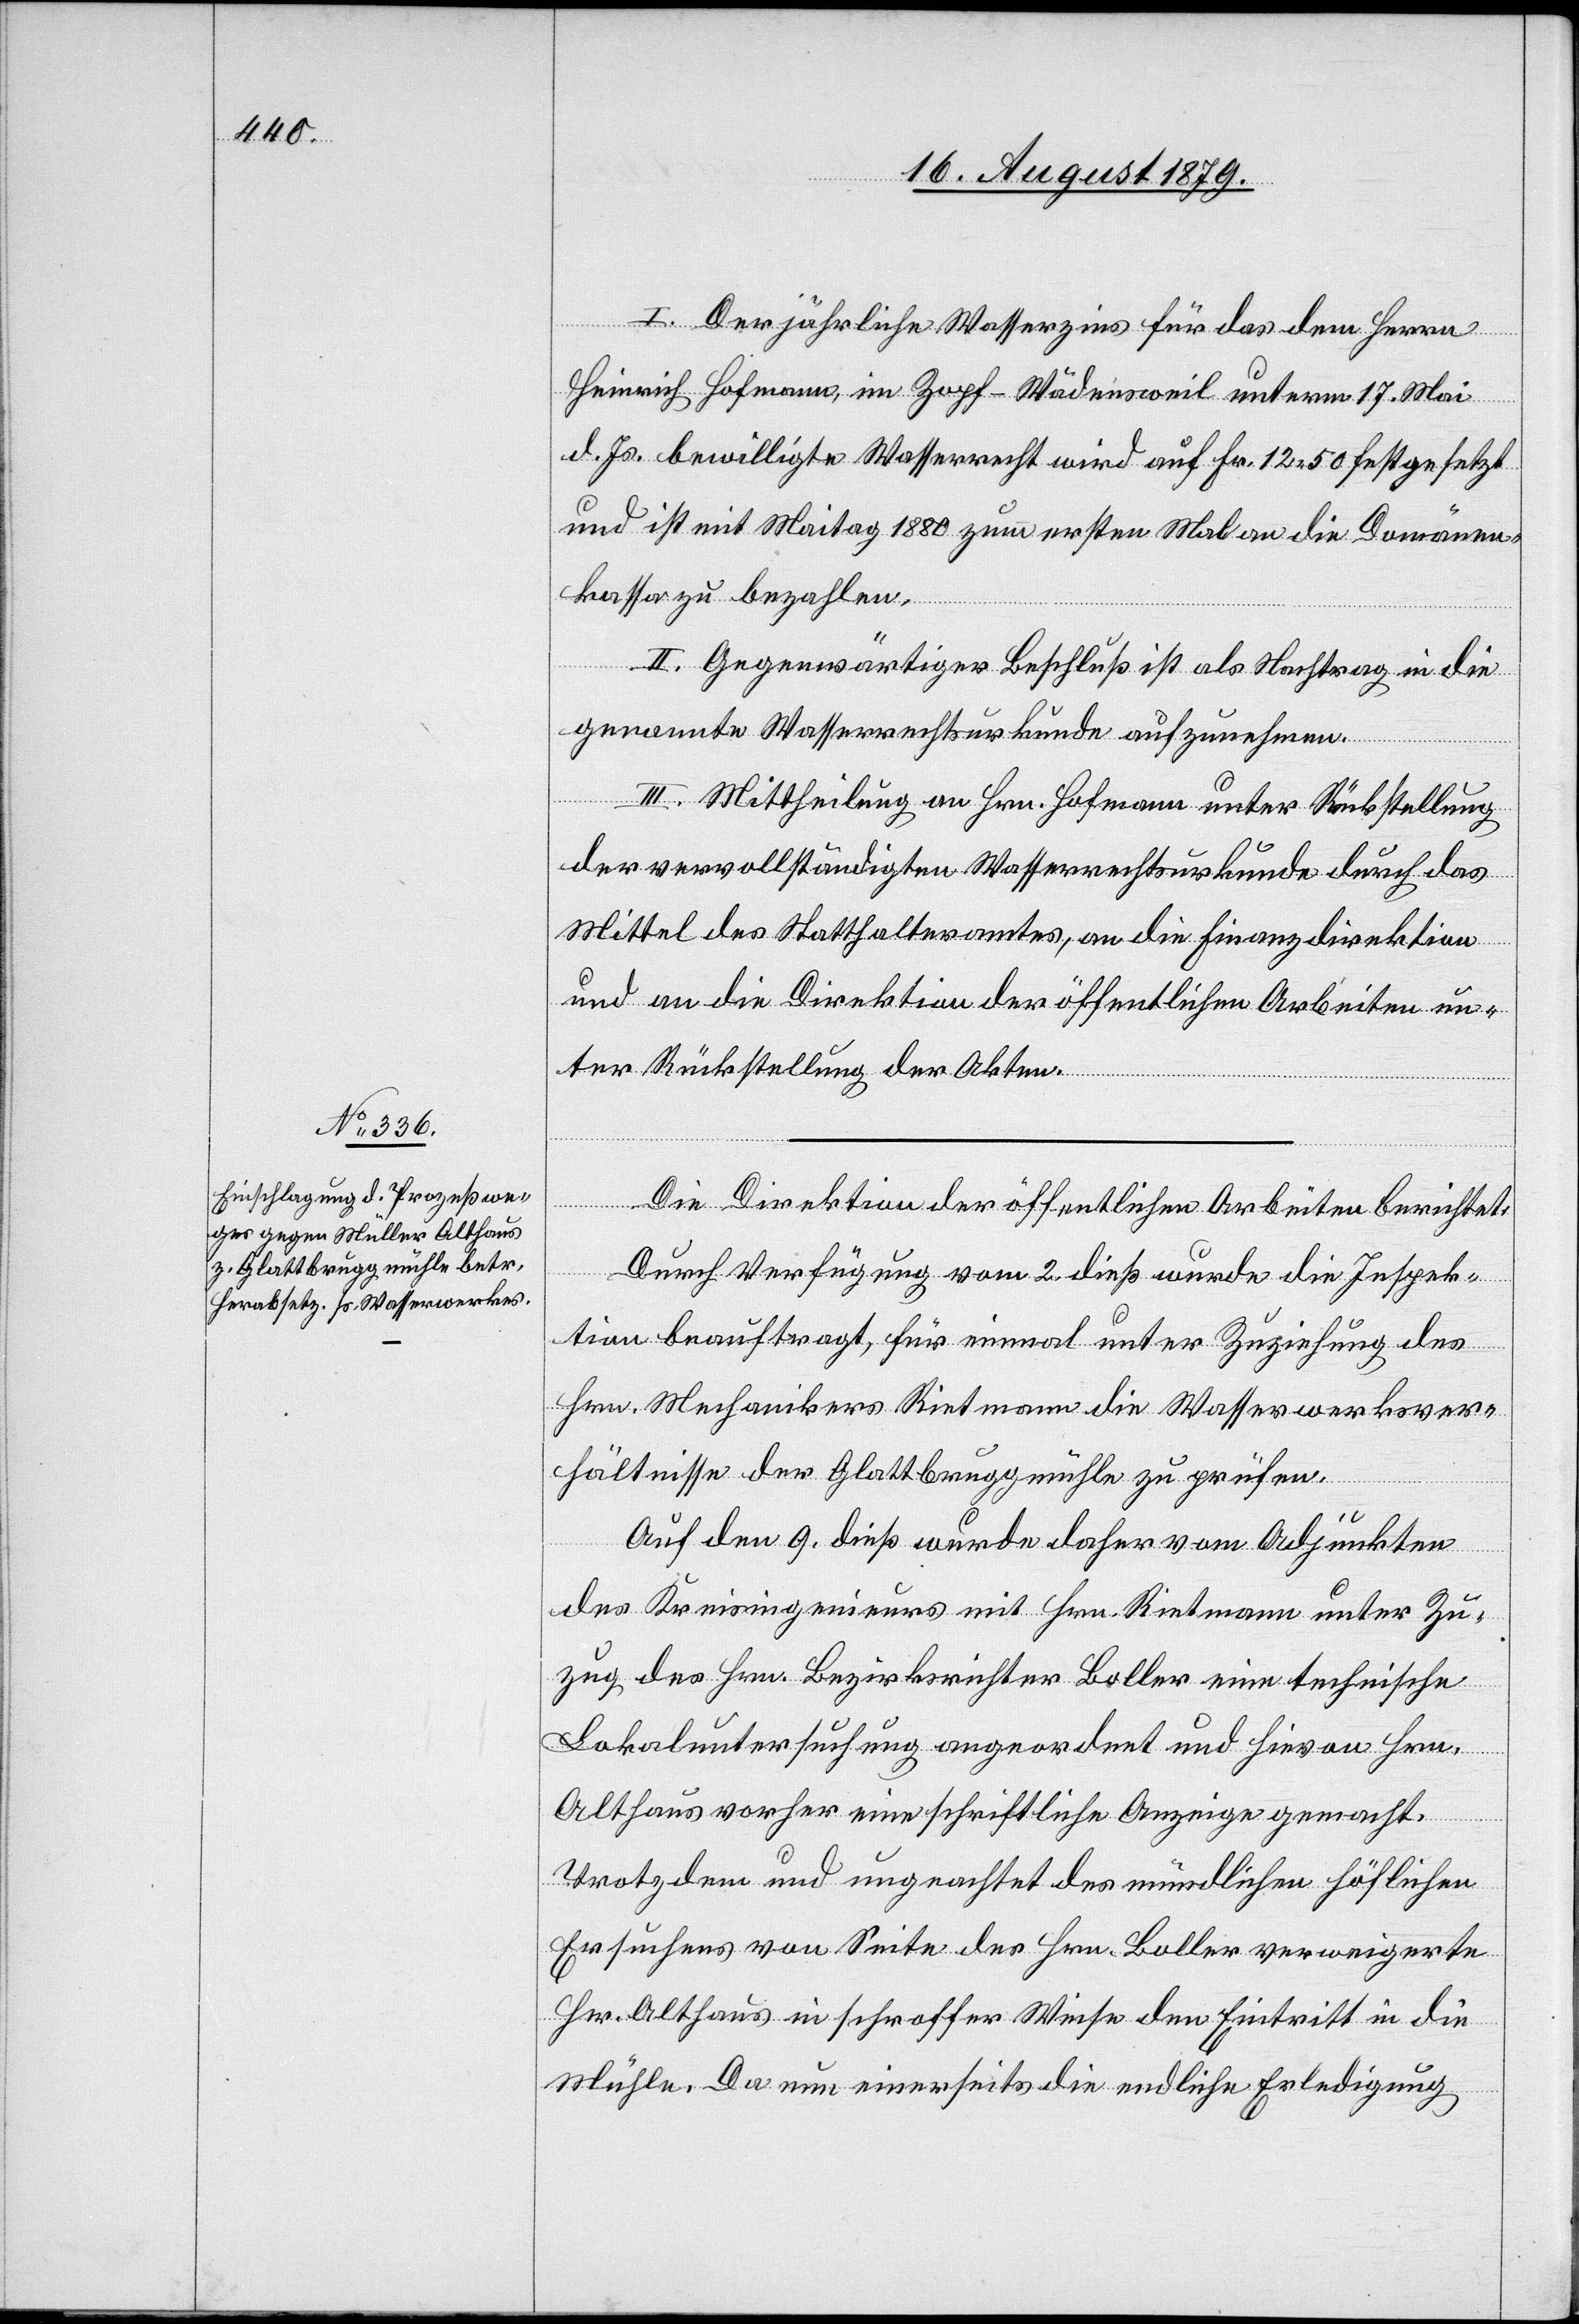
I. Der jährliche Wasserzins für das dem Herren
Heinrich Hofmann, im Zopf - Wädensweil unterm 17. Mai
d. Js. bewilligte Wasserrecht wird auf Fr. 12 50 festgesetzt
und ist mit Maitag 1880 zum ersten Mal an die Domänen¬
kassa zu bezahlen.
II. Gegenwärtiger Beschluß ist als Nachtrag in die
genannte Wasserrechtsurkunde aufzunehmen.
III. Mittheilung an Hrn. Hofmann unter Rückstellung
der vervollständigten Wasserrechtsurkunde durch das
Mittel des Statthalteramtes, an die Finanzdirektion
und an die Direktion der öffentlichen Arbeiten un¬
ter Rückstellung der Akten.
Die Direktion der öffentlichen Arbeiten berichtet:
Durch Verfügung vom 2. dieß wurde die Inspek¬
tion beauftragt, für einmal unter Zuziehung des
Hrn. Mechanikers Rietmann die Wasserwerksver¬
hältnisse der Glattbruggmühle zu prüfen.
Auf den 9. dieß wurde daher vom Adjunkten
des Kreisingenieurs mit Hrn. Rietmann unter Zu¬
zug des Hrn. Bezirksrichter Boller eine technische
Lokaluntersuchung angeordnet und hievon Hrn.
Althaus vorher eine schriftliche Anzeige gemacht.
trotzdem und ungeachtet des mündlichen höflichen
Ersuchens von Seite des Hrn. Boller verweigerte
Hr. Althaus in schroffer Weise den Eintritt in die
Mühle. Da nun einerseits die endliche Erledigung